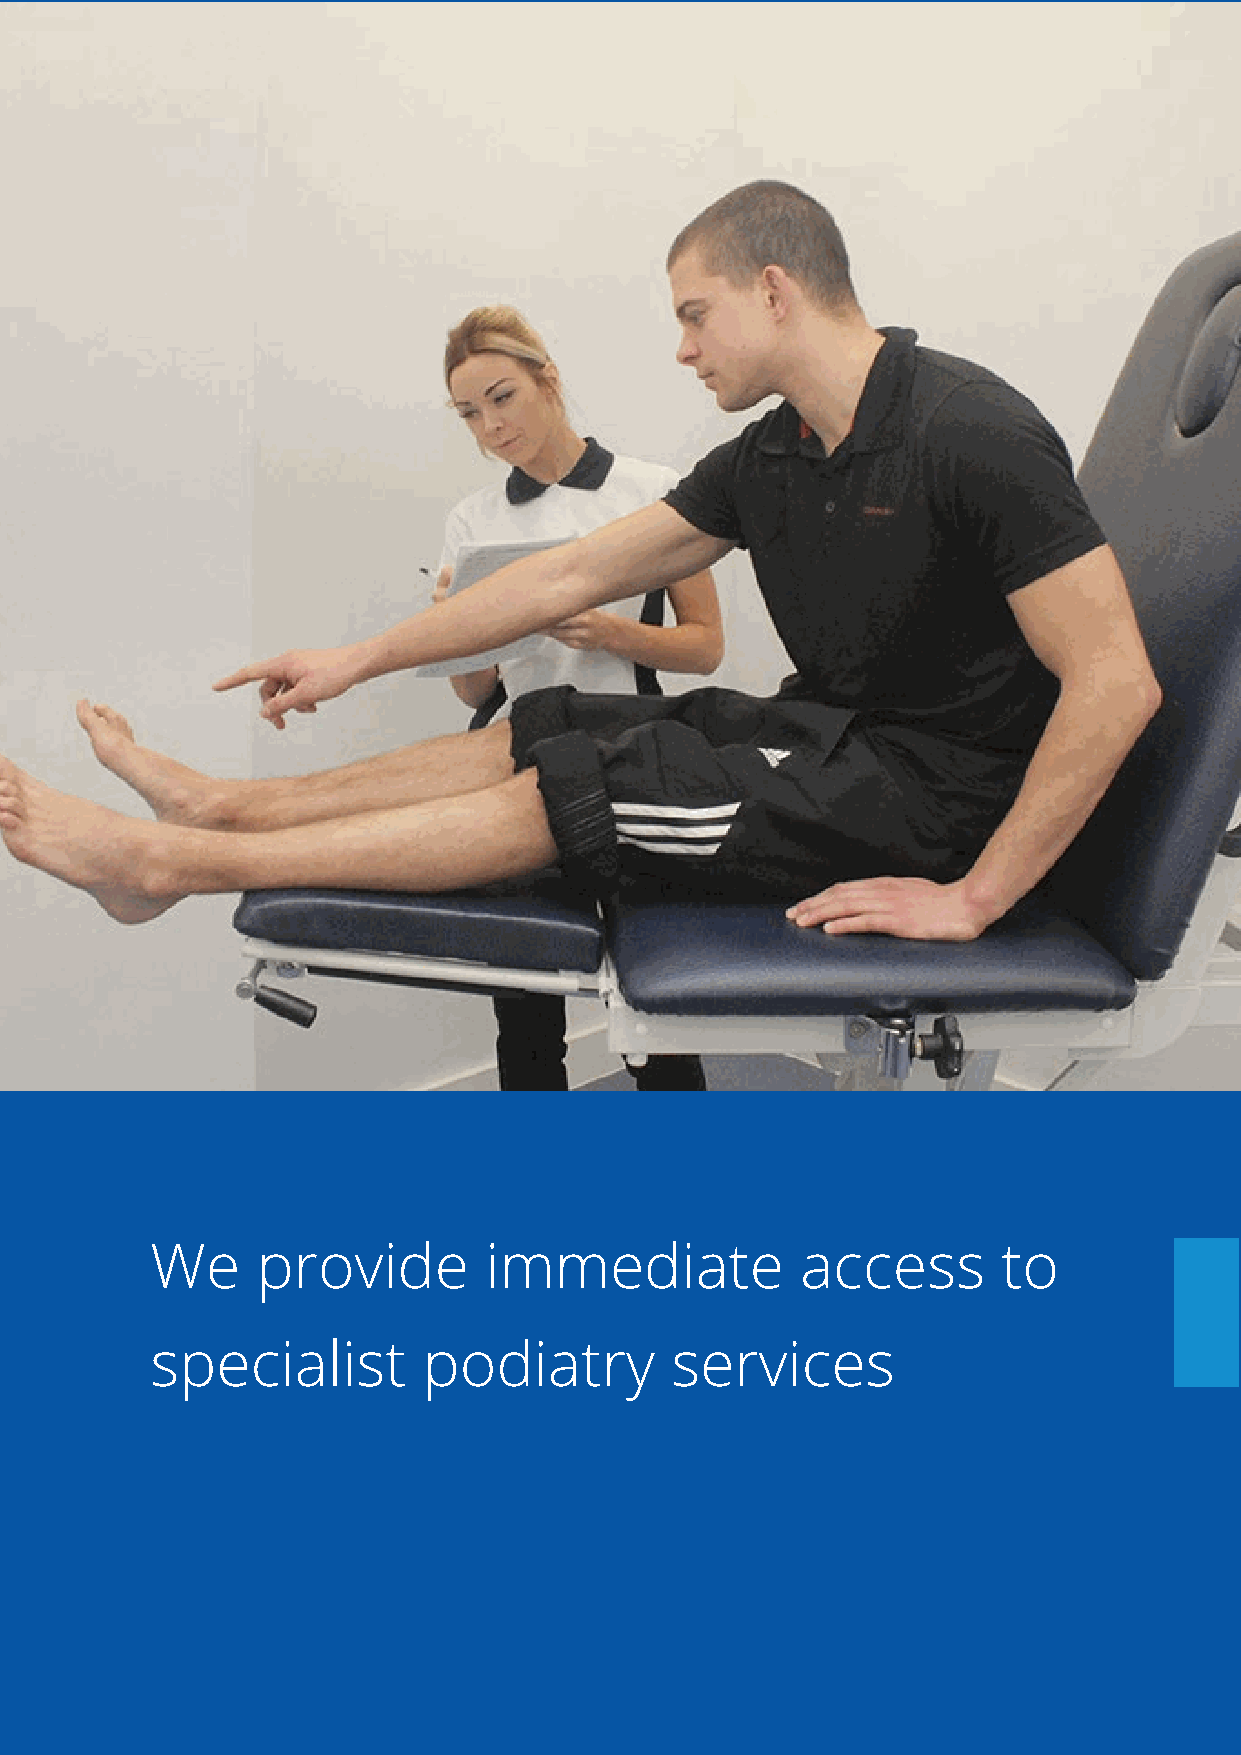
We     provide        immediate            access       to
 specialist        podiatry        services